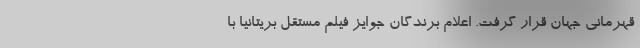
قهرمانی جهان قرار گرفت. اعلام برندگان جوایز فیلم مستقل بریتانیا با